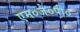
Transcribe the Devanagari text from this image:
एम०जे०पी०